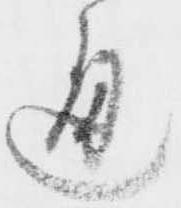
通